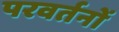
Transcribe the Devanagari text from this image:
परवर्तनों